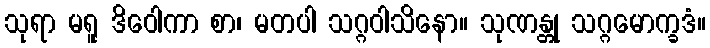
သုရာ မရူ ဒိဝေါကာ စာ၊ မတပါ သဂ္ဂဝါသိနော။ သုဏန္တု သဂ္ဂမောက္ခဒံ။